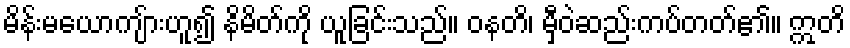
မိန်းမယောကျ်ားဟူ၍ နိမိတ်ကို ယူခြင်းသည်။ ဝနတိ၊ မှီဝဲဆည်းကပ်တတ်၏။ ဣတိ